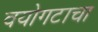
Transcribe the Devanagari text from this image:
वयोगटाचा